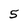
Character: 5